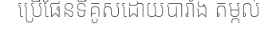
ប្រើផែនទីគូសដោយបារាំង តម្កល់